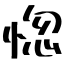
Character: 惚